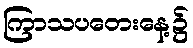
ကြာသပတေးနေ့၌